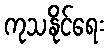
ကုသနိုင်ရေး